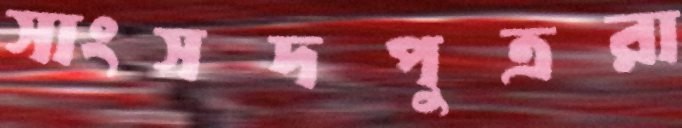
সাংসদপুত্ররা